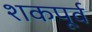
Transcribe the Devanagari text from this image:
शकपूर्व